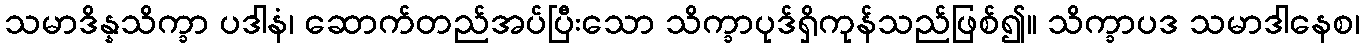
သမာဒိန္နသိက္ခာ ပဒါနံ၊ ဆောက်တည်အပ်ပြီးသော သိက္ခာပုဒ်ရှိကုန်သည်ဖြစ်၍။ သိက္ခာပဒ သမာဒါနေစ၊